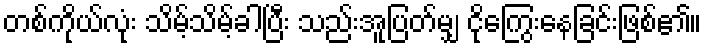
တစ်ကိုယ်လုံး သိမ့်သိမ့်ခါပြီး သည်းအူပြတ်မျှ ငိုကြွေးနေခြင်းဖြစ်၏။